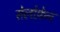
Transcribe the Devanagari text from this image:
सेलोफ़ेन